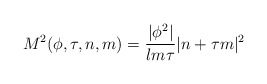
\begin{align*}M^2(\phi,\tau,n,m) = \frac{|\phi^2|}{lm\tau} |n + \tau m|^2\end{align*}